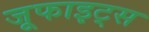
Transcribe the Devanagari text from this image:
जूफाइट्स